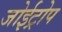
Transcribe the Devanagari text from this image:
जोईट्रोप